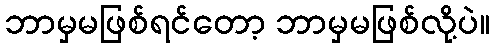
ဘာမှမဖြစ်ရင်တော့ ဘာမှမဖြစ်လို့ပဲ။